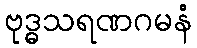
ဗုဒ္ဓသရဏဂမနံ